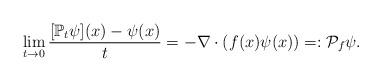
LaTeX: \begin{align*}\lim_{t\to 0}\frac{[\mathbb{P}_t\psi](x)-\psi(x)}{t}=-\nabla \cdot (f(x) \psi(x))=: {\cal P}_f\psi. \end{align*}